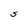
Character: S